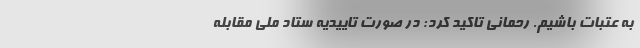
به عتبات باشیم. رحمانی تاکید کرد: در صورت تاییدیه ستاد ملی مقابله